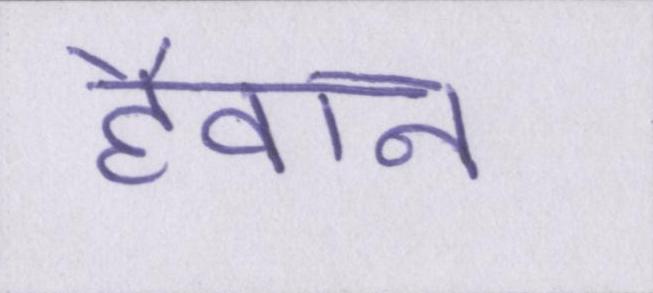
हैवान